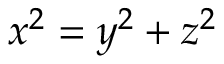
x ^ { 2 } = y ^ { 2 } + z ^ { 2 }